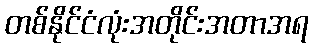
တစ်နိုင်ငံလုံးအတိုင်းအတာအရ